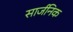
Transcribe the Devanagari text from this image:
सार्जनिक